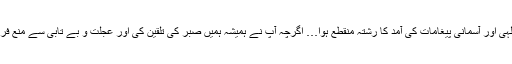
آپ کی رحلت کے باعث نبوت، وحی الٰہی اور آسمانی پیغامات کی آمد کا رشتہ منقطع ہوا… اگرچہ آپ نے ہمیشہ ہمیں صبر کی تلقین کی اور عجلت و بے تابی سے منع فرمایا مگر آج صبر و تحمل کا یارا نہیں۔